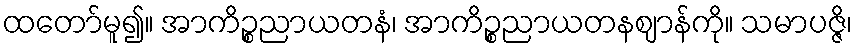
ထတော်မူ၍။ အာကိဉ္စညာယတနံ၊ အာကိဉ္စညာယတနဈာန်ကို။ သမာပဇ္ဇိ၊